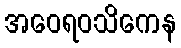
အဝေရဝသိကေန